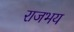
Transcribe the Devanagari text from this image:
राजभय